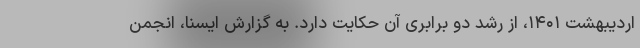
اردیبهشت ۱۴۰۱، از رشد دو برابری آن حکایت دارد. به گزارش ایسنا، انجمن